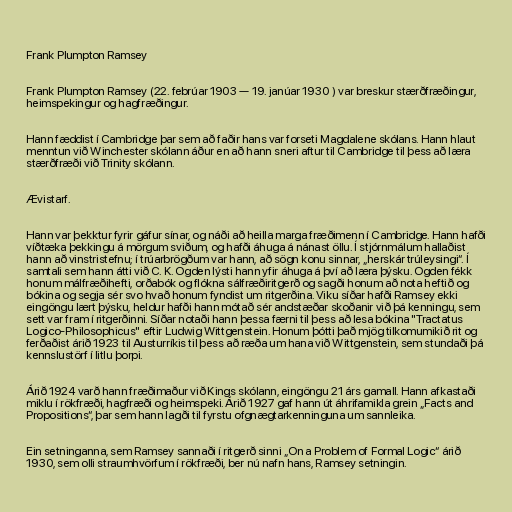
Frank Plumpton Ramsey

Frank Plumpton Ramsey (22. febrúar 1903 — 19. janúar 1930 ) var breskur stærðfræðingur,
heimspekingur og hagfræðingur.

Hann fæddist í Cambridge þar sem að faðir hans var forseti Magdalene skólans. Hann hlaut
menntun við Winchester skólann áður en að hann sneri aftur til Cambridge til þess að læra
stærðfræði við Trinity skólann.

Ævistarf.

Hann var þekktur fyrir gáfur sínar, og náði að heilla marga fræðimenn í Cambridge. Hann hafði
víðtæka þekkingu á mörgum sviðum, og hafði áhuga á nánast öllu. Í stjórnmálum hallaðist
hann að vinstristefnu; í trúarbrögðum var hann, að sögn konu sinnar, „herskár trúleysingi“. Í
samtali sem hann átti við C. K. Ogden lýsti hann yfir áhuga á því að læra þýsku. Ogden fékk
honum málfræðihefti, orðabók og flókna sálfræðiritgerð og sagði honum að nota heftið og
bókina og segja sér svo hvað honum fyndist um ritgerðina. Viku síðar hafði Ramsey ekki
eingöngu lært þýsku, heldur hafði hann mótað sér andstæðar skoðanir við þá kenningu, sem
sett var fram í ritgerðinni. Síðar notaði hann þessa færni til þess að lesa bókina "Tractatus
Logico-Philosophicus" eftir Ludwig Wittgenstein. Honum þótti það mjög tilkomumikið rit og
ferðaðist árið 1923 til Austurríkis til þess að ræða um hana við Wittgenstein, sem stundaði þá
kennslustörf í litlu þorpi.

Árið 1924 varð hann fræðimaður við Kings skólann, eingöngu 21 árs gamall. Hann afkastaði
miklu í rökfræði, hagfræði og heimspeki. Árið 1927 gaf hann út áhrifamikla grein „Facts and
Propositions“, þar sem hann lagði til fyrstu ofgnægtarkenninguna um sannleika.

Ein setninganna, sem Ramsey sannaði í ritgerð sinni „On a Problem of Formal Logic“ árið
1930, sem olli straumhvörfum í rökfræði, ber nú nafn hans, Ramsey setningin.